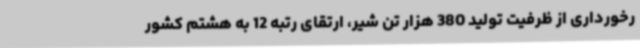
رخورداری از ظرفیت تولید 380 هزار تن شیر، ارتقای رتبه 12 به هشتم کشور